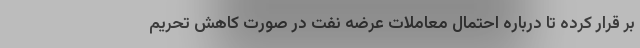
بر قرار کرده تا درباره احتمال معاملات عرضه نفت در صورت کاهش تحریم